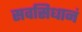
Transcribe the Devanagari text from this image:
सवसिधानं